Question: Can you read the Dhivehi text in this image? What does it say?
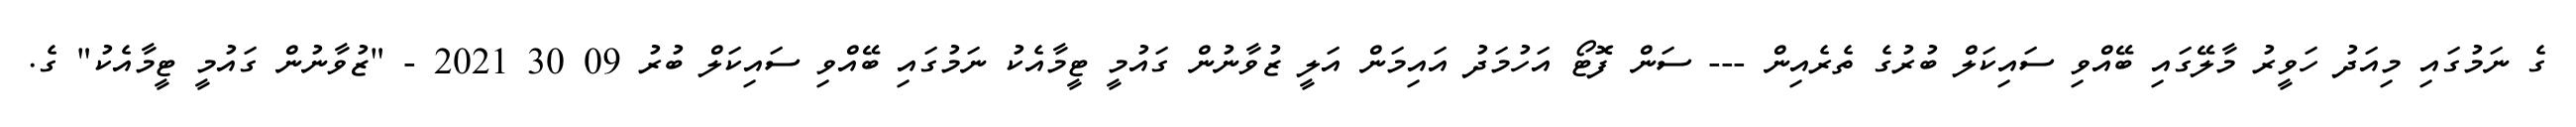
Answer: ގެ ނަމުގައި މިއަދު ހަވީރު މާލޭގައި ބޭއްވި ސައިކަލް ބުރުގެ ތެރެއިން --- ސަން ފޮޓޯ އަހުމަދު އައިމަން އަލީ ޒުވާނުން ގައުމީ ޓީމާއެކު ނަމުގައި ބޭއްވި ސައިކަލް ބުރު 09 30 2021 - "ޒުވާނުން ގައުމީ ޓީމާއެކު" ގެ.